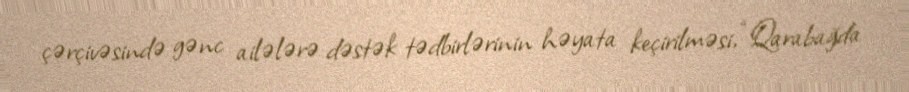
çərçivəsində gənc ailələrə dəstək tədbirlərinin həyata keçirilməsi, “Qarabağda